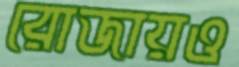
রোজায়ও